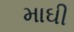
માઘી